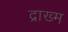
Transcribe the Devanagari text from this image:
द्राख्म